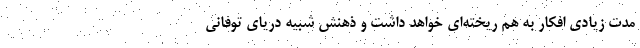
مدت زیادی افکار به هم ریخته‌ای خواهد داشت و ذهنش شبیه دریای توفانی